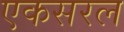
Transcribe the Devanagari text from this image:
एकसरल